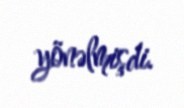
yönəlmişdi.